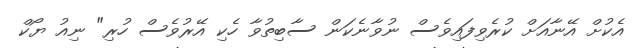
އެކުށް އޭނާއަށް ކުރެވިފައިވެސް ނުވާނެކަން ސާބިތުވާ ހެކި އޭރުވެސް ހުރި" ނިއު ޔޯކް